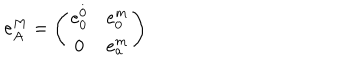
e _ { A } ^ { M } = \left( \begin{array} { c c } { { e _ { 0 } ^ { \stackrel { . } { 0 } } } } & { { e _ { 0 } ^ { m } } } \\ { { 0 } } & { { e _ { a } ^ { m } } } \\ \end{array} \right)